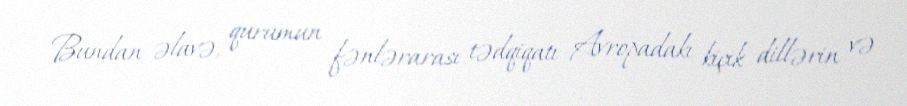
Bundan əlavə, qurumun fənlərarası tədqiqatı Avropadakı kiçik dillərin və